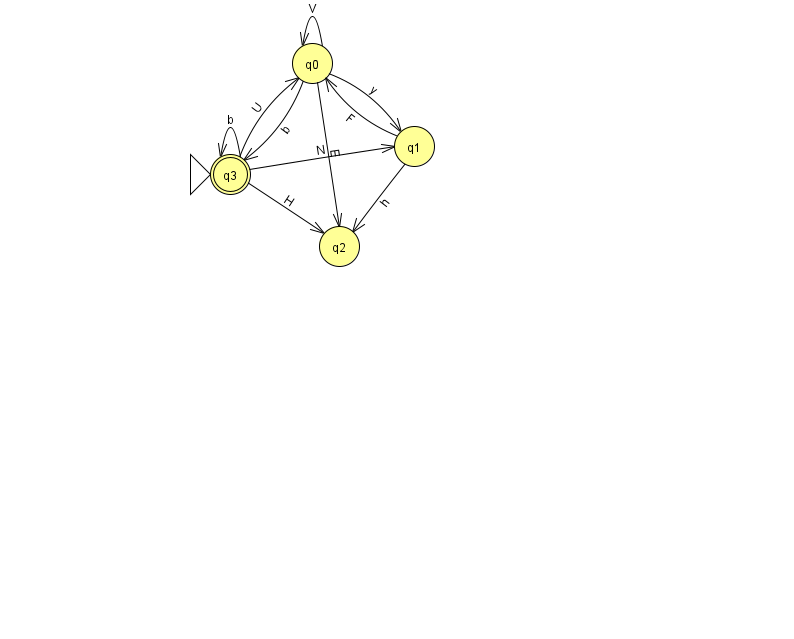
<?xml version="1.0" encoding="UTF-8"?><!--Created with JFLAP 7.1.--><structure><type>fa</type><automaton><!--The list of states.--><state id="0" name="q0"><x>312.0</x><y>50.0</y></state><state id="1" name="q1"><x>414.0</x><y>133.0</y></state><state id="2" name="q2"><x>339.0</x><y>233.0</y></state><state id="3" name="q3"><x>230.0</x><y>161.0</y><initial/><final/></state><!--The list of transitions.--><transition><from>3</from><to>1</to><read>N</read></transition><transition><from>3</from><to>3</to><read>b</read></transition><transition><from>0</from><to>3</to><read>b</read></transition><transition><from>3</from><to>0</to><read>U</read></transition><transition><from>3</from><to>2</to><read>H</read></transition><transition><from>0</from><to>0</to><read>V</read></transition><transition><from>0</from><to>1</to><read>y</read></transition><transition><from>0</from><to>2</to><read>E</read></transition><transition><from>1</from><to>0</to><read>F</read></transition><transition><from>1</from><to>2</to><read>h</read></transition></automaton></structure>